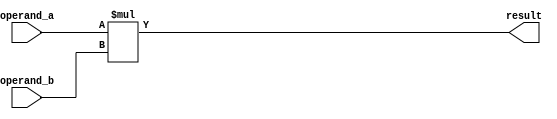
module signed_multiplier (
    input signed [7:0] operand_a,
    input signed [7:0] operand_b,
    output signed [15:0] result
);

assign result = operand_a * operand_b;

endmodule